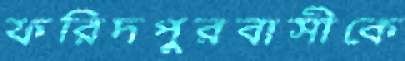
ফরিদপুরবাসীকে